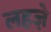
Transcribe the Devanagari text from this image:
लहजे़